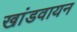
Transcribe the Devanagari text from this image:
खांडवायन